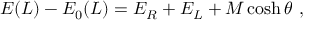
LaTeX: E ( L ) - E _ { 0 } ( L ) = E _ { R } + E _ { L } + M \cosh \theta \ ,